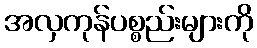
အလှကုန်ပစ္စည်းများကို